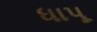
ધાપૂ